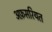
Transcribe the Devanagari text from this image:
अफ़सरियत